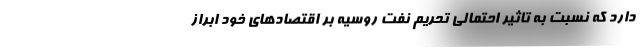
دارد که نسبت به تاثیر احتمالی تحریم نفت روسیه بر اقتصادهای خود ابراز